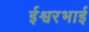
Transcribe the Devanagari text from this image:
ईश्वरभाई